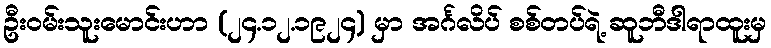
ဦးဝမ်းသူးမောင်းဟာ (၂၄.၁၂.၁၉၂၄) မှာ အင်္ဂလိပ် စစ်တပ်ရဲ့ ဆူဘီဒါရာထူးမှ